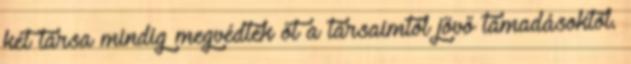
két társa mindig megvédték őt a társaimtól jövő támadásoktól.